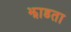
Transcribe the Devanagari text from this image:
झाडता